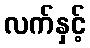
လက်နှင့်